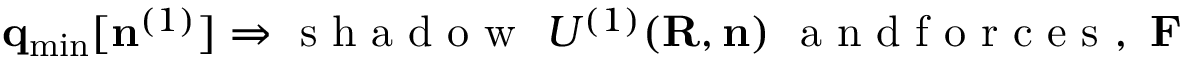
{ \bf q } _ { \mathrm { m i n } } [ { \bf n } ^ { ( 1 ) } ] \Rightarrow \mathrm { ~ s ~ h ~ a ~ d ~ o ~ w ~ } ~ { \cal U } ^ { ( 1 ) } ( { \bf R } , { \bf n } ) ~ \mathrm { ~ a ~ n ~ d ~ f ~ o ~ r ~ c ~ e ~ s ~ } , ~ { \bf F }